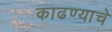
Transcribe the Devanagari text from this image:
काढण्‍याचे